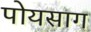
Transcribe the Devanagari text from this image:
पोयसाग